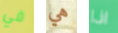
في هي اذا